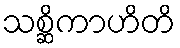
သစ္ဆိကာဟိတိ